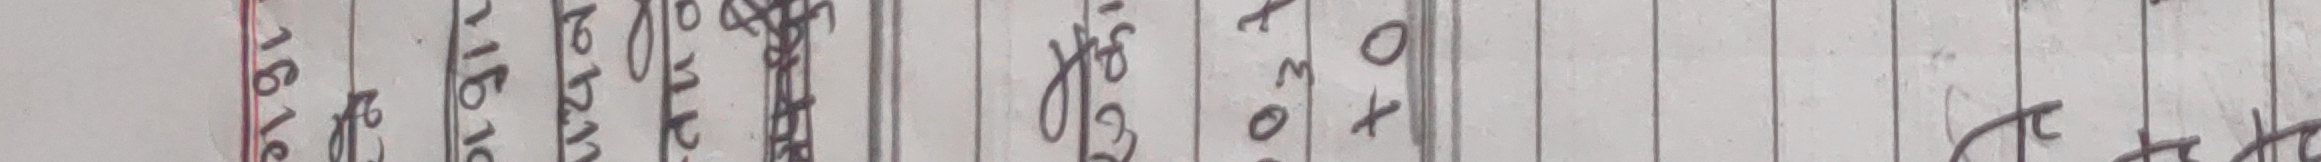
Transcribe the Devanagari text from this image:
१६१० १६१० जनावर पद मिति खसामा १०३०४ र